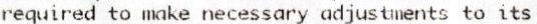
REQUIRED TO MAKE NECESSARY ADJUSTMENTS TO ITS